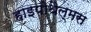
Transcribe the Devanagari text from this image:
हाइपोथैल्मस